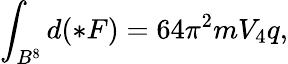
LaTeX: \int_{B^{8}}d(\ast F)=64\pi^{2}mV_{4}q,